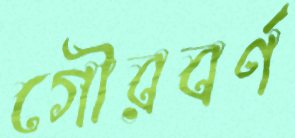
গৌরবর্ণ